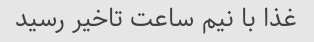
غذا با نیم ساعت تاخیر رسید